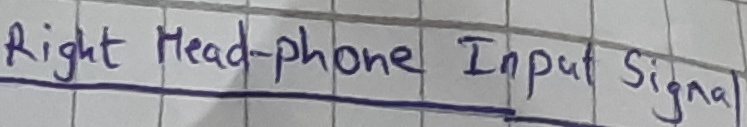
Text: Right head-phone Input signal